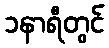
၁နာရီတွင်